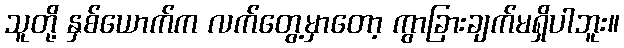
သူတို့ နှစ်ယောက်က လက်တွေ့မှာတော့ ကွာခြားချက်မရှိပါဘူး။